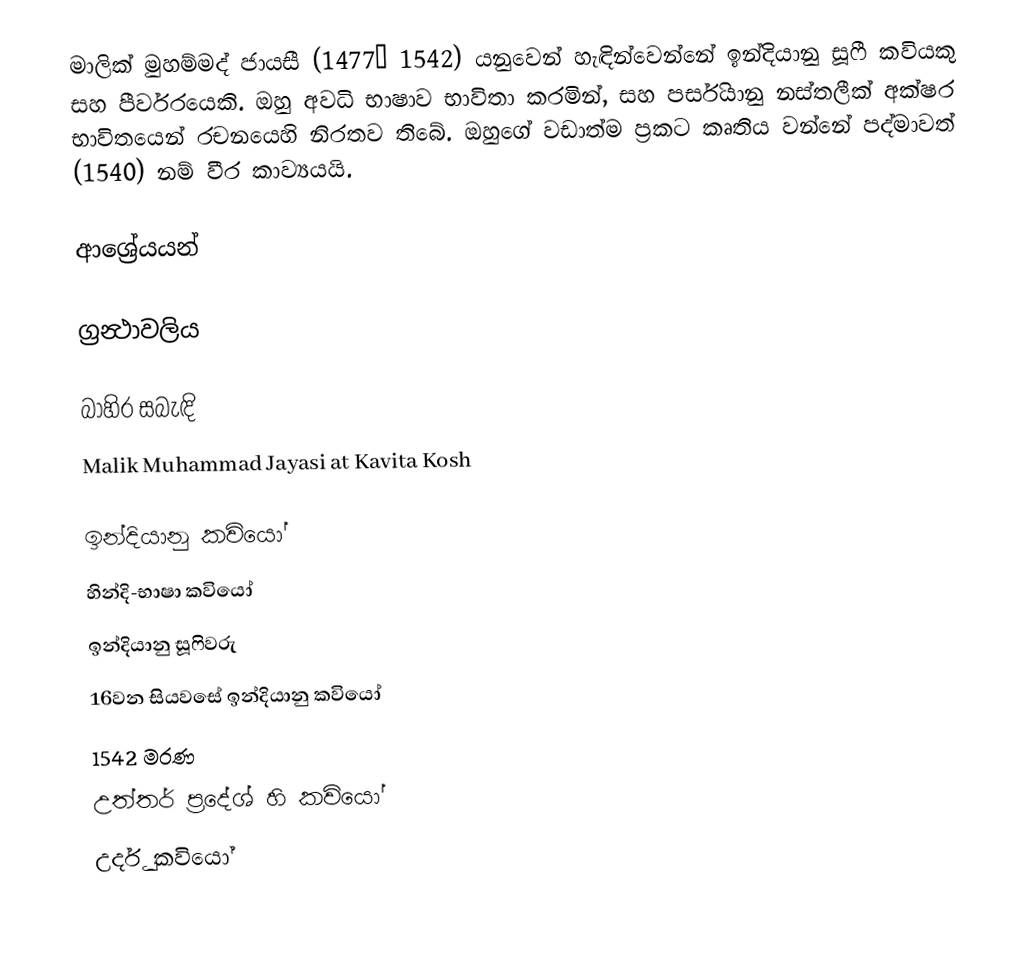
මාලික් මුහම්මද් ජායසී (1477– 1542) යනුවෙන් හැඳින්වෙන්නේ ඉන්දියානු සූෆී කවියකු සහ පීර්වරයෙකි. ඔහු අවධි භාෂාව භාවිතා කරමින්, සහ පර්සියානු නස්තලීක් අක්ෂර භාවිතයෙන් රචනයෙහි නිරතව තිබේ. ඔහුගේ වඩාත්ම ප්‍රකට කෘතිය වන්නේ පද්මාවත් (1540) නම් වීර කාව්‍යයයි.

ආශ්‍රේයයන්

ග්‍රන්‍ථාවලිය

බාහිර සබැඳි
Malik Muhammad Jayasi at Kavita Kosh

ඉන්දියානු කවියෝ
හින්දි-භාෂා කවියෝ
ඉන්දියානු සූෆිවරු
16වන සියවසේ ඉන්දියානු කවියෝ
1542 මරණ
උත්තර් ප්‍රදේශ් හි කවියෝ
උර්දු කවියෝ